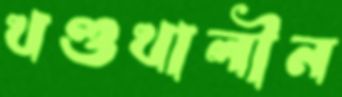
খণ্ডখালীন